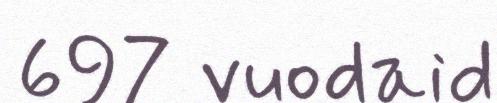
697 vuodaid